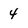
Character: 4